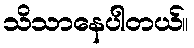
သိသာနေပါတယ်။